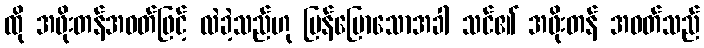
ထို အဖိုးတန်အဝတ်ဖြင့် လဲခဲ့သည်ဟု ပြန်ပြောသောအခါ သင်၏ အဖိုးတန် အဝတ်သည်